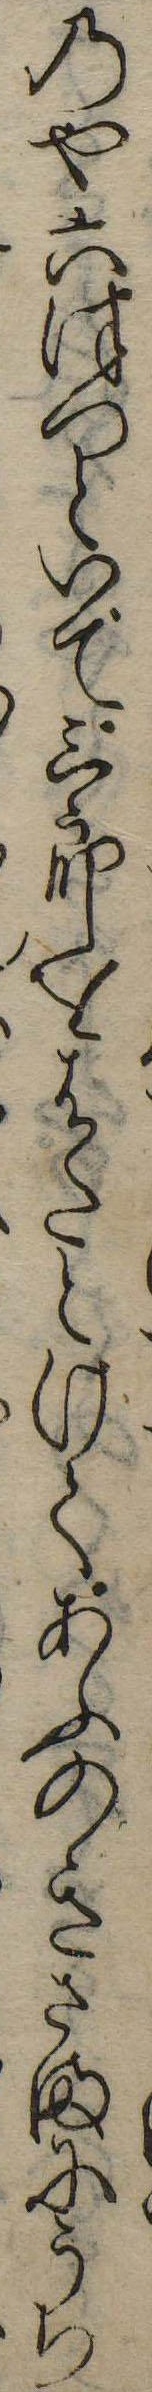
のや六つつといで三郎をはたとけてあふのきさまにうち